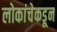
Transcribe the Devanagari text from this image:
लोकांचेकडून